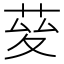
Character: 𦯩